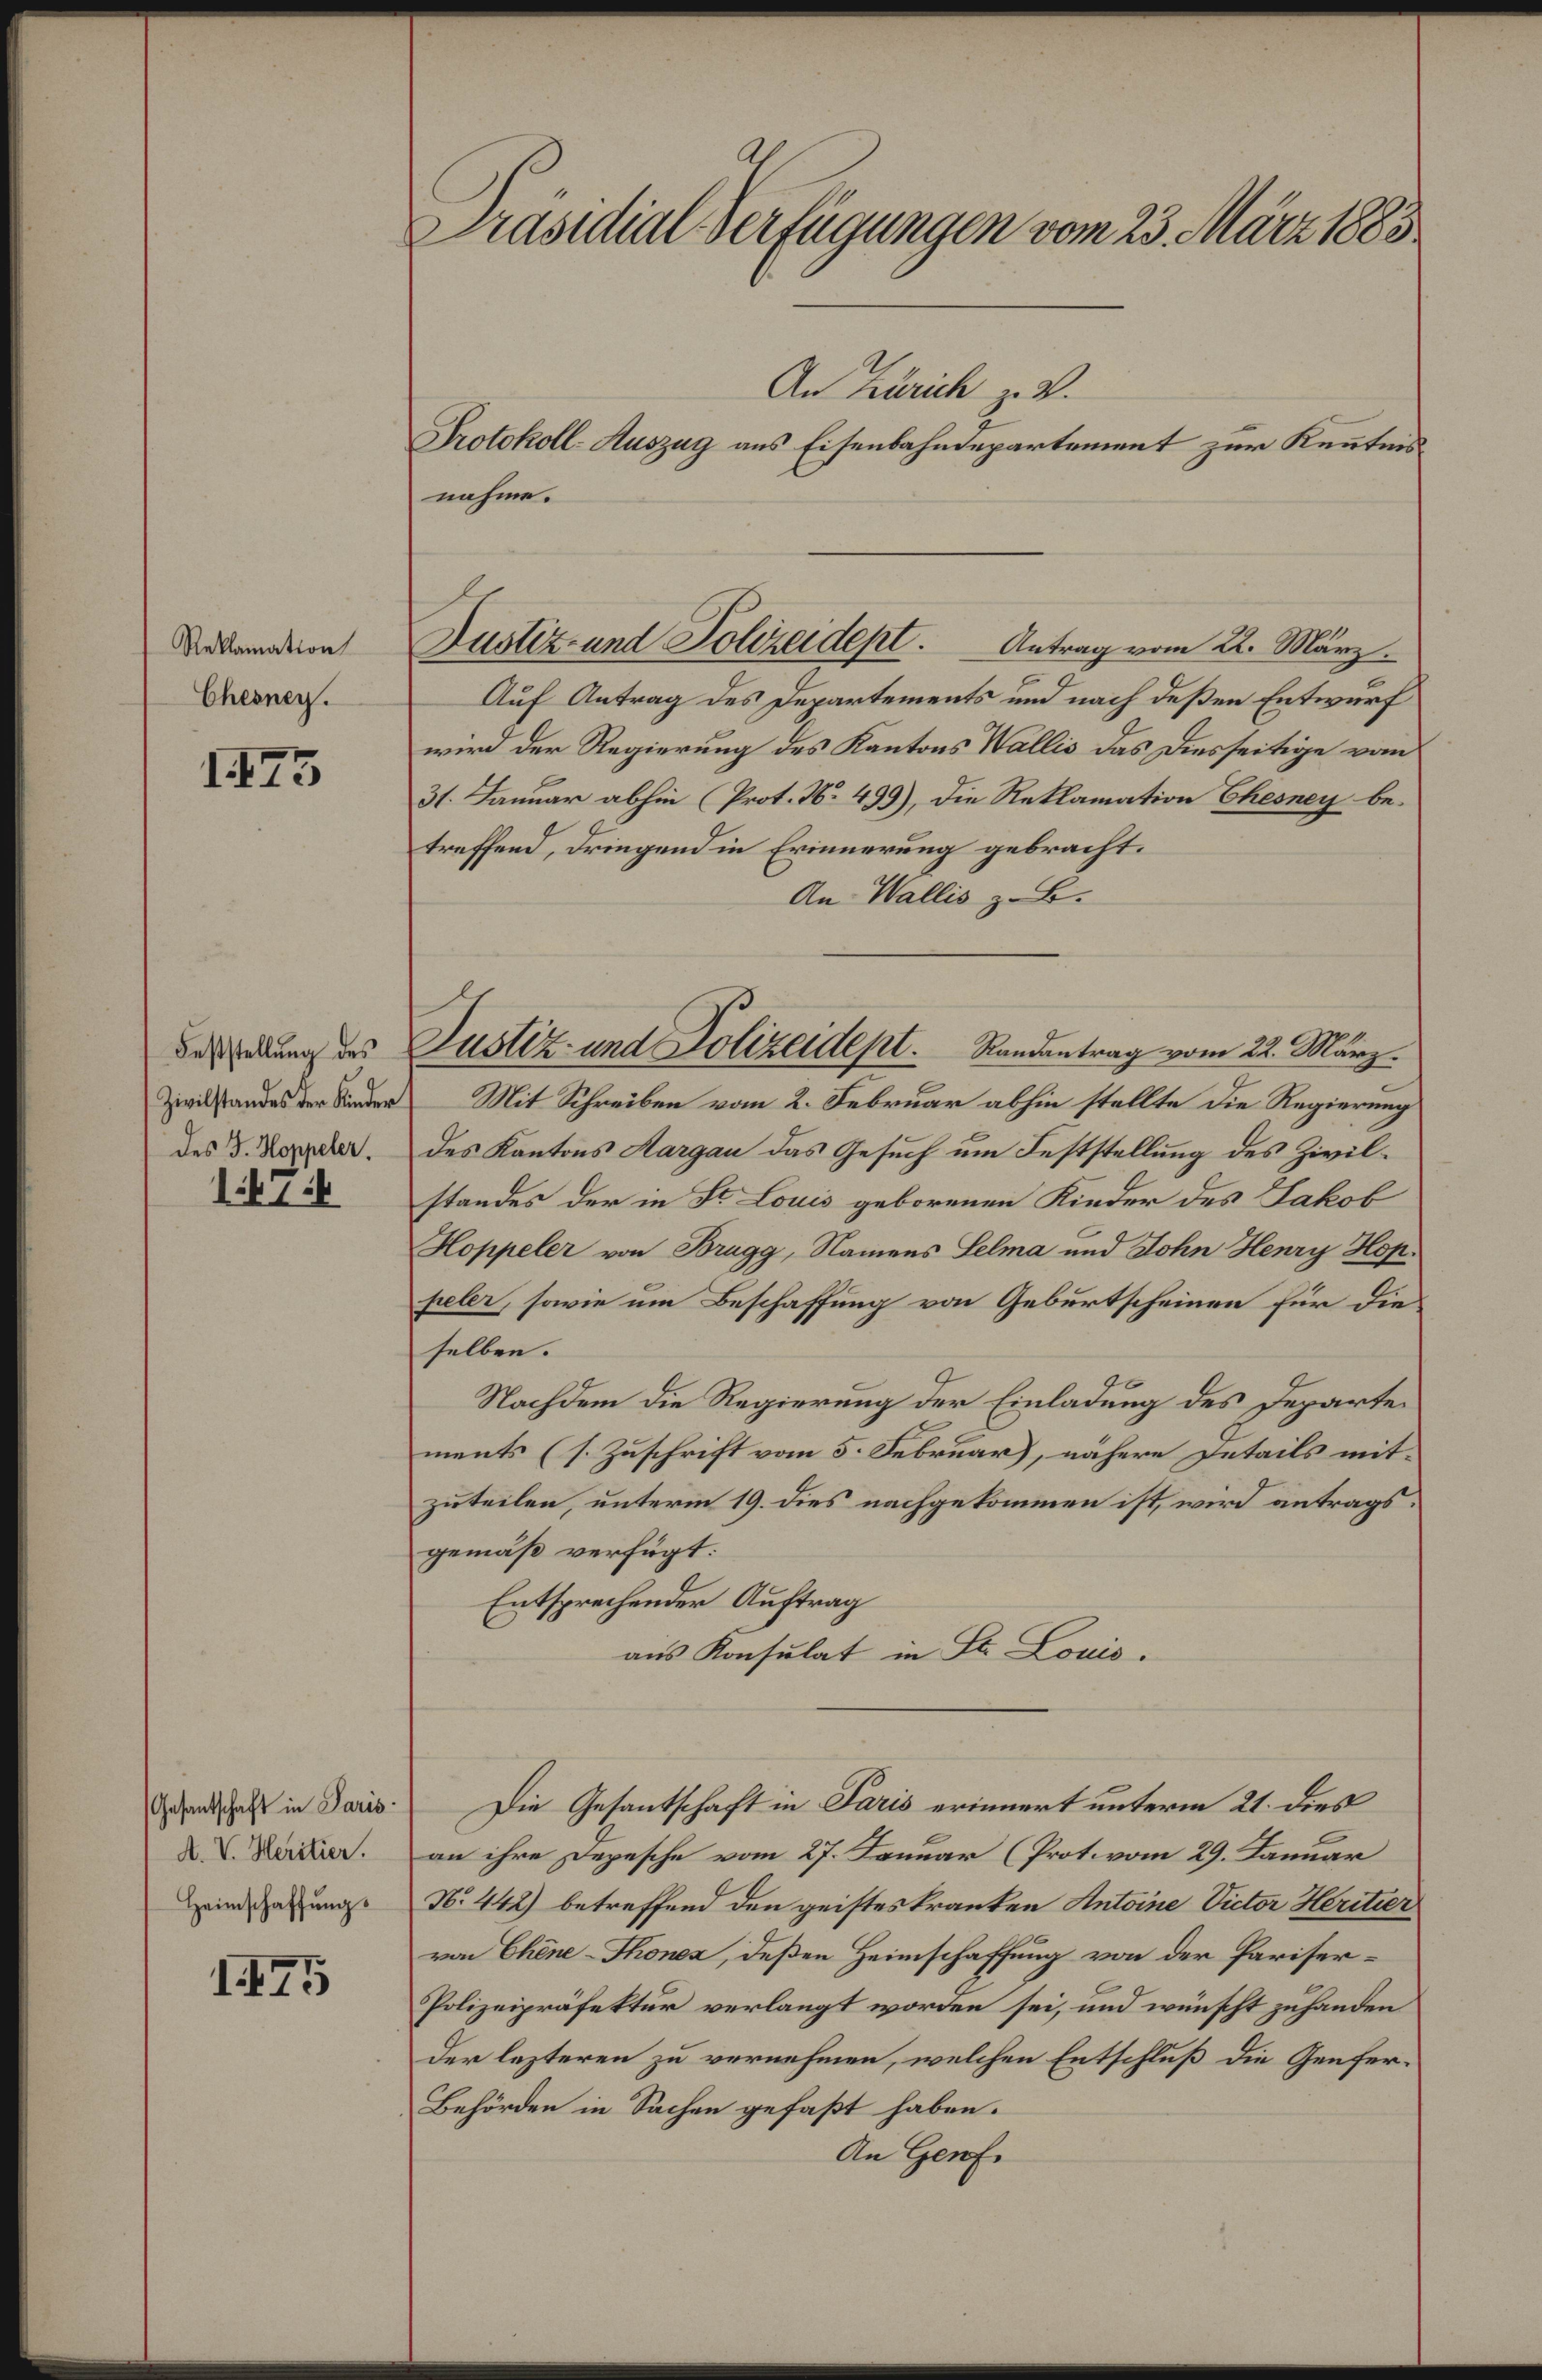
Reklamation
Cheoney.

I23

Feststellung des
Zivilstandes der Kinder
des J. Hoppeler.

1474

Gesantschaft in Paris
A. V. Heritier.
Heimschaffung

175

Präsidial-Verfügungen vom 23. März 1883

An Zürich z. B.
Protokoll-Auszug aus Eisenbahndepartement zur Kenntnis
nahme.
Auf Antrag des Departements und nach deßen Entwurf
wird der Regierung des Kantons Wallis das Diesseitige vom
31. Januar abhin (Prot. No. 499), die Reklamation Ehesney betreffend, dringend in Erinnerung gebracht.
An Wallis z. B.
Mit Schreiben vom 2. Februar abhin stellte die Regierung
des Kantons Aargau das Gesuch um Feststellung des Zivilstandes der in Dr. Louis geborenen Kinder des Jakob
Hoppeler von Brugg, Namens Lelma und John Henry Hop.
peler, sowie um Beschaffung von Geburtscheinen für die
selben.
Nachdem die Regierung der Einladung des Departements (s. Zuschrift vom 5. Februar, nähere Details mitzuteilen, unterm 19. dies nachgekommen ist, wird antrags:
gemäß verfügt:
Entsprechender Auftrag
aus Konsulat in St. Louis.
Die Gesantschaft in Paris erinnert unterm 21. dies
an ihre Depesche vom 27. Januar (Prot. vom 29. Januar
N. 442) betreffend den geistes kranken Antoine Victor Heritier
von Chine-Thonez, deßen Heimschaffung von der Pariser-
Polizeipräfektur verlangt worden sei, und wünscht zuhanden
der lezteren zu vernehmen, welchen Entschluß die Genfer¬
Behörden in Sachen gefaßt haben.
An Genf.

Justiz- und Polizeidet. Antrag vom 22. März.

Justiz- und Polizeidept.      Randantrag vom 22. März.